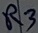
Text: R3